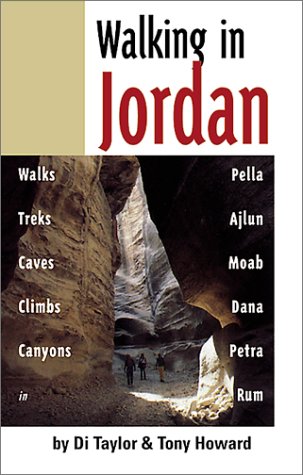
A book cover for Walking in Jordan: Walks, Treks, Caves, Climbs, and Canyons; Di Taylor; Travel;